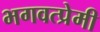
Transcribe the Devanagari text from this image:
भगवत्प्रेमी